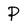
Character: P